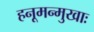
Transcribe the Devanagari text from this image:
हनूमन्मुखाः